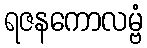
ရဇနကောလမ္ဗံ